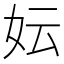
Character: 妘